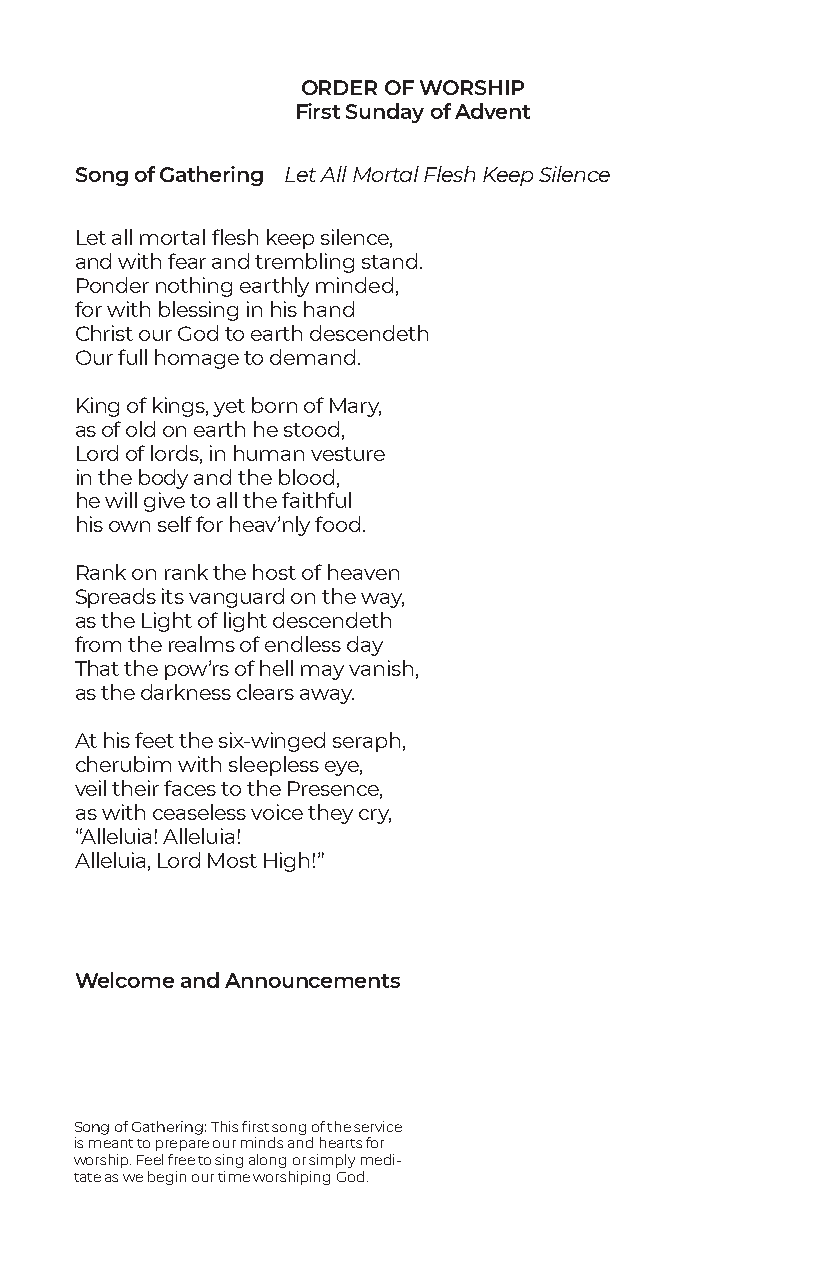
ORDER OF WORSHIP
 First Sunday of Advent
 Song of Gathering Let All Mortal Flesh Keep Silence
 Let all mortal flesh keep silence,
 and with fear and trembling stand.
 Ponder nothing earthly minded,
 for with blessing in his hand
 Christ our God to earth descendeth
 Our full homage to demand.
 King of kings, yet born of Mary,
 as of old on earth he stood,
 Lord of lords, in human vesture
 in the body and the blood,
 he will give to all the faithful
 his own self for heav’nly food.
 Rank on rank the host of heaven
 Spreads its vanguard on the way,
 as the Light of light descendeth
 from the realms of endless day
 That the pow’rs of hell may vanish,
 as the darkness clears away.
 At his feet the six-winged seraph,
 cherubim with sleepless eye,
 veil their faces to the Presence,
 as with ceaseless voice they cry,
 “Alleluia! Alleluia!
 Alleluia, Lord Most High!”
 Welcome and Announcements
 Song of Gathering: This first song of the service
 is meant to prepare our minds and hearts for
 worship. Feel free to sing along or simply medi-
 tate as we begin our time worshiping God.